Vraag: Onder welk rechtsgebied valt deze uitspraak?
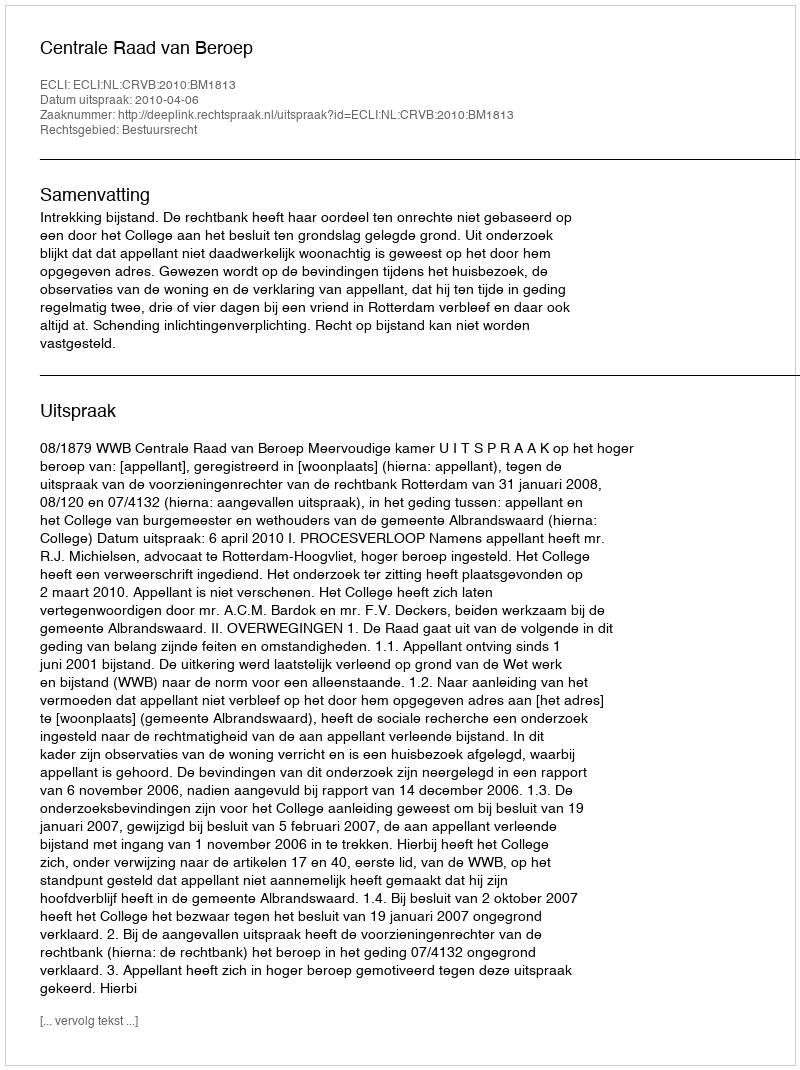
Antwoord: Bestuursrecht